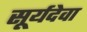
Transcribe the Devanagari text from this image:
सूर्यदेवा